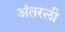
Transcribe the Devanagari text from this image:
अंतरली